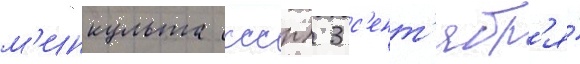
м'инкульта ссср) 3 с'ент'ябр'я́